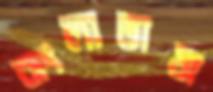
বাংলাভাষা